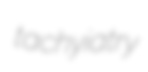
tachyiatry